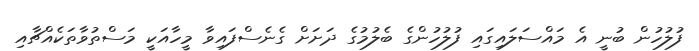
ފުލުހުން ބުނީ އެ މައްސަލައިގައި ފުލުހުންގެ ބެލުމުގެ ދަށަށް ގެނެސްފައިވާ މީހާއަކީ މަސްތުވާތަކެއްޗާއި